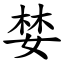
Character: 婪